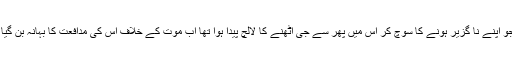
وہ جو اپنے نا گزیر ہونے کا سوچ کر اس میں پھر سے جی اٹھنے کا لالچ پیدا ہوا تھا اب موت کے خلاف اس کی مدافعت کا بہانہ بن گیا تھا۔